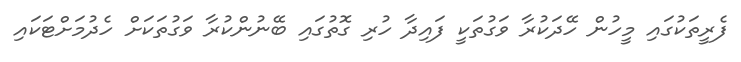
ފެރީތަކުގައި މީހުން ހޭދަކުރާ ވަގުތަކީ ފައިދާ ހުރި ގޮތުގައި ބޭނުންކުރާ ވަގުތަކަށް ހެދުމަށްޓަކައި